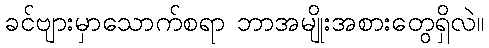
ခင်ဗျားမှာသောက်စရာ ဘာအမျိုးအစားတွေရှိလဲ။